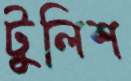
টুলিশ